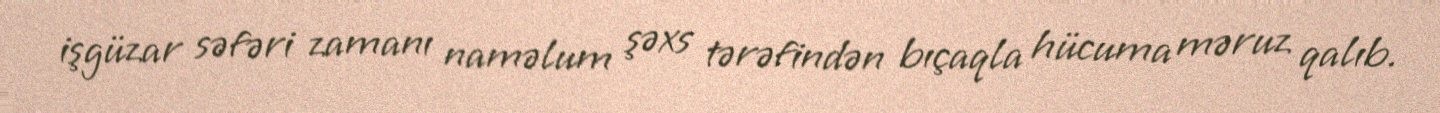
işgüzar səfəri zamanı naməlum şəxs tərəfindən bıçaqla hücuma məruz qalıb.